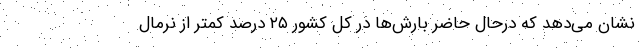
نشان می‌دهد که درحال حاضر بارش‌ها در کل کشور ۲۵ درصد کمتر از نرمال